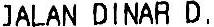
JALAN DINAR D.